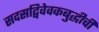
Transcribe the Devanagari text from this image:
सदसद्विवेवकबुद्धीची